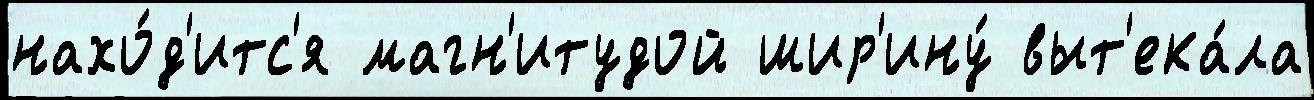
нахо́д'итс'я магн'итудой шир'ину́ выт'ека́ла